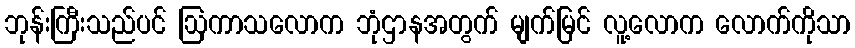
ဘုန်းကြီးသည်ပင် ဩကာသလောက ဘုံဌာနအတွက် မျက်မြင် လူ့လောက လောက်ကိုသာ